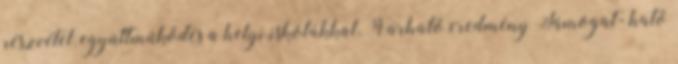
részvétel, együttműködés a helyi iskolákkal. Várható eredmény Támogat- ható